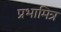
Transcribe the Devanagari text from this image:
प्रभामित्र